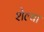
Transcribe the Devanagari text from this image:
शेल्या